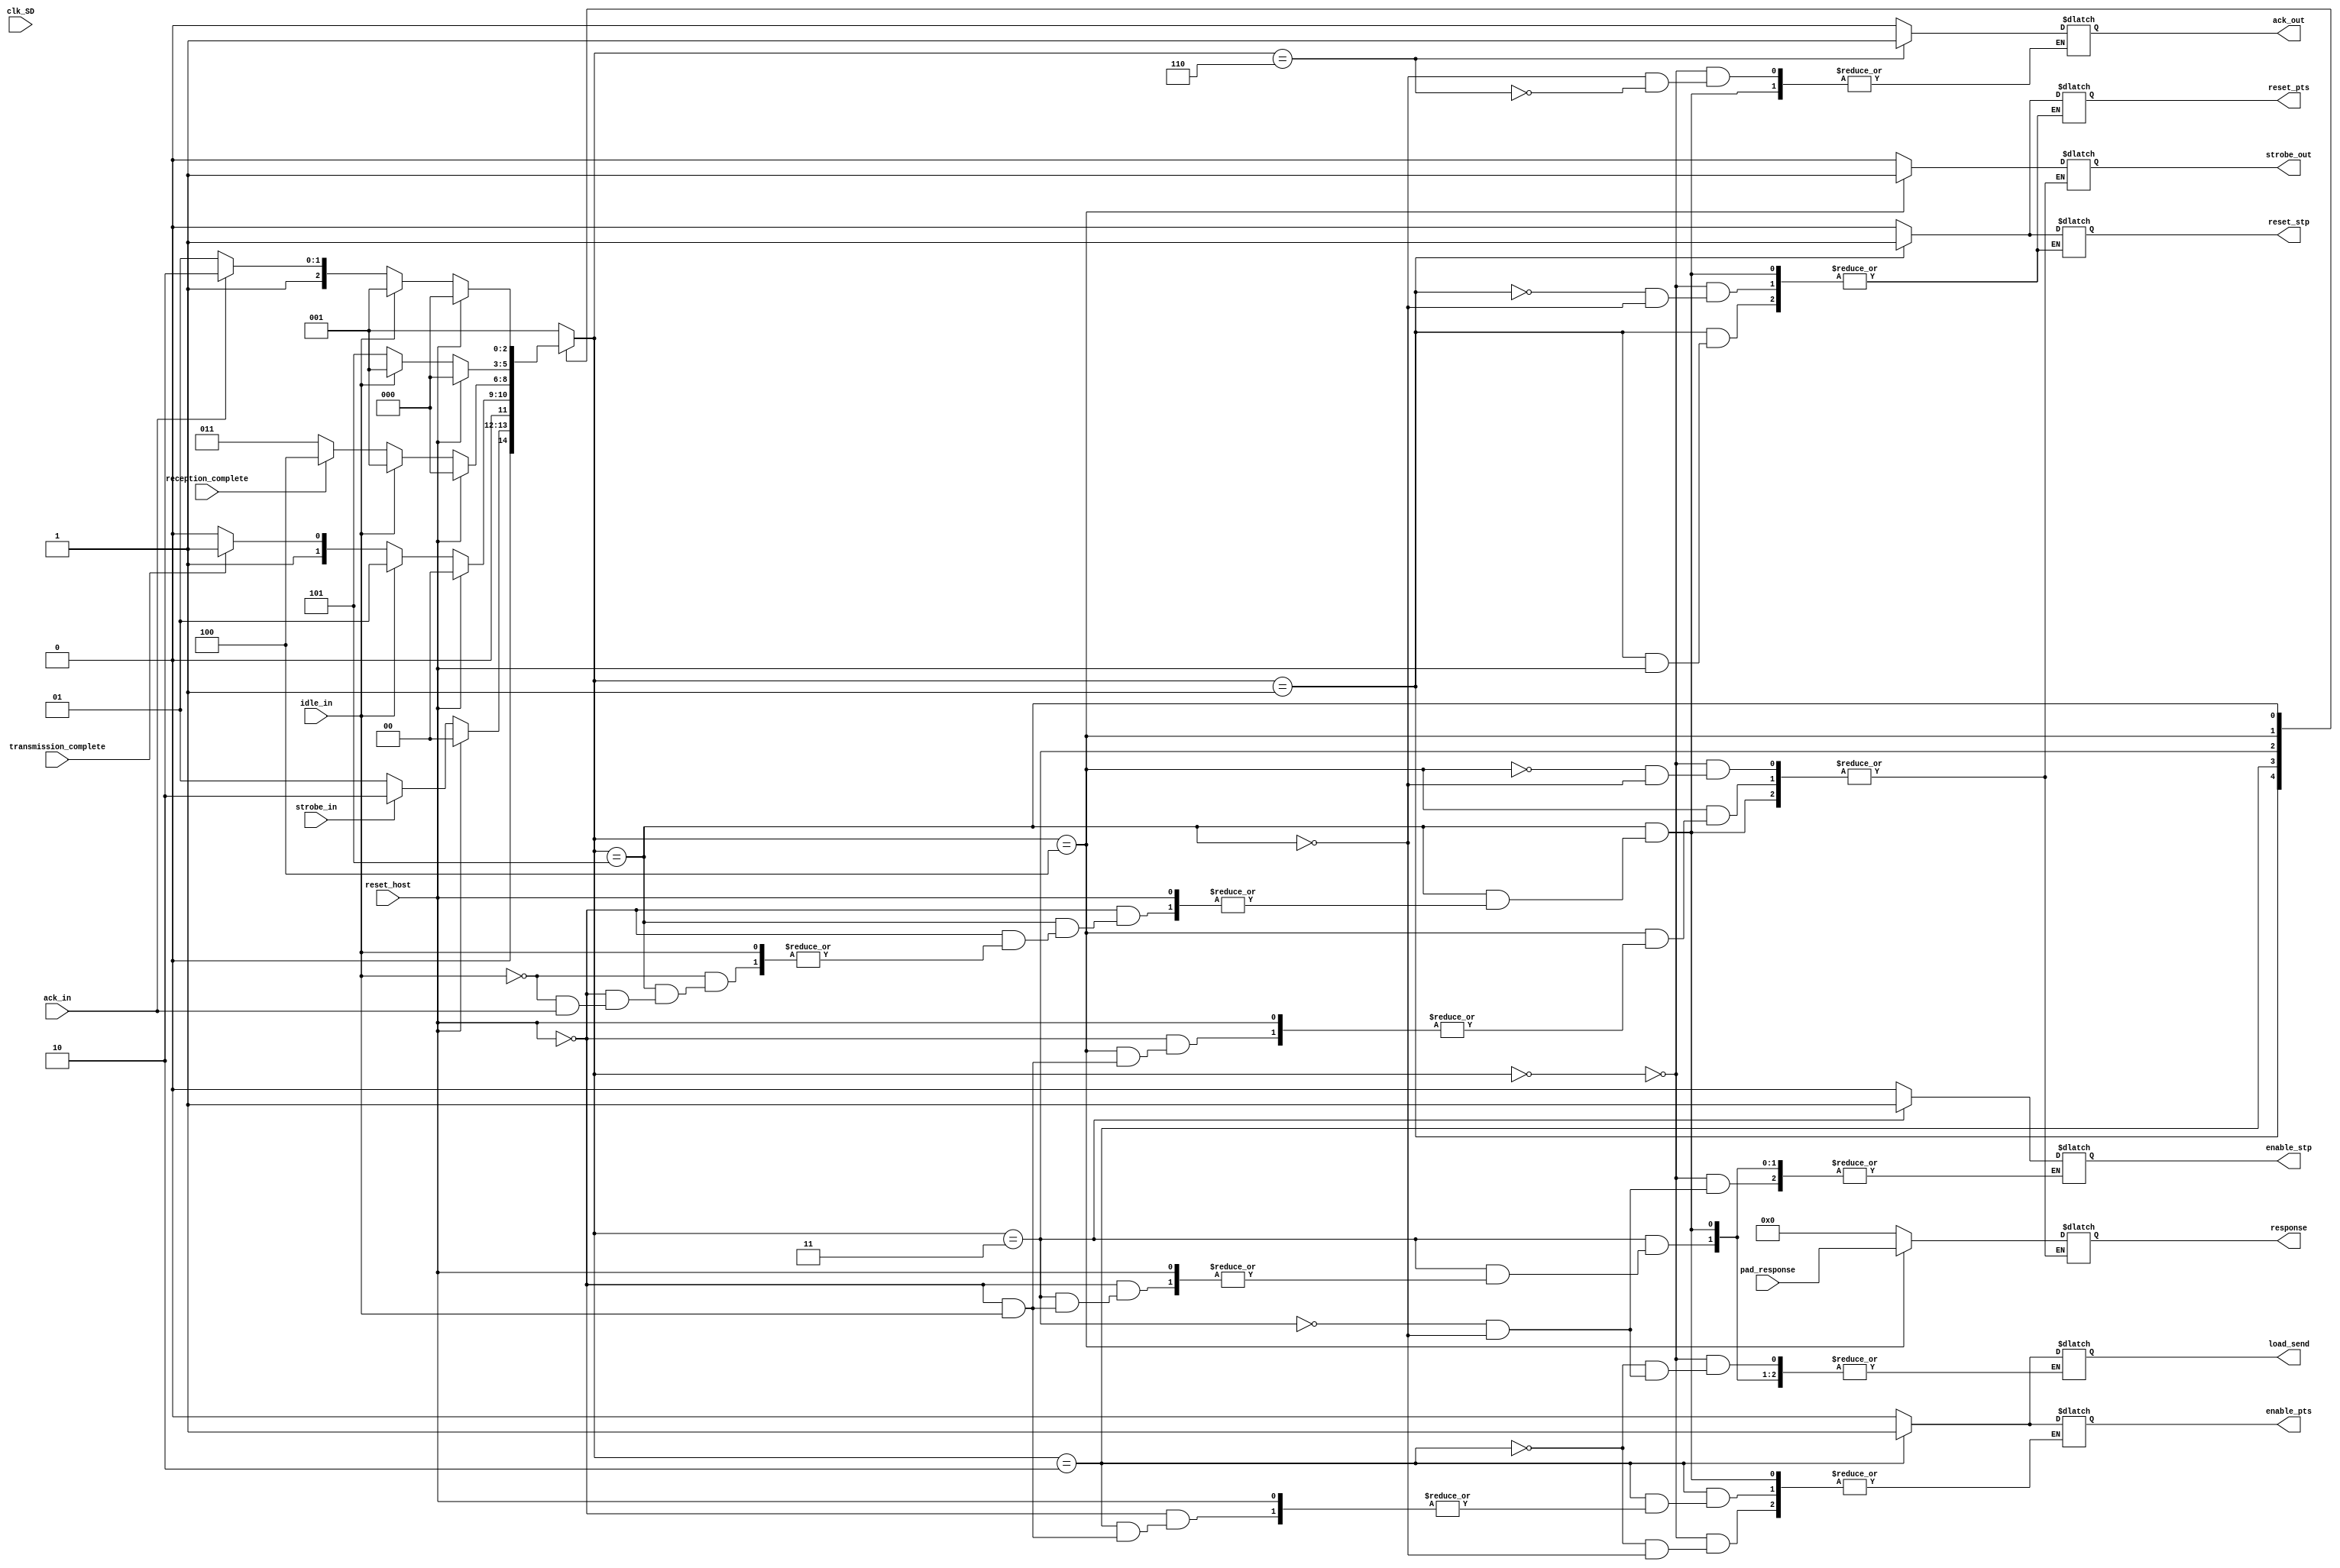
module control_capa_fisica (strobe_in, ack_in, idle_in, pad_response, reception_complete, transmission_complete, ack_out, strobe_out, response, load_send, enable_stp, enable_pts, reset_stp, reset_pts, reset_host, clk_SD);
    input wire strobe_in, ack_in, idle_in, reset_host, clk_SD;
    input wire [135:0]pad_response;
    input wire reception_complete, transmission_complete;
    output reg ack_out, strobe_out;
    output reg [135:0]response;
    output reg load_send, enable_stp, enable_pts, reset_stp, reset_pts;
    parameter RESET = 0;
    parameter IDLE = 1;
    parameter SEND_COMMAND = 2;
    parameter WAIT_RESPONSE = 3;
    parameter SEND_RESPONSE = 4;
    parameter WAIT_ACK = 5;
    parameter SEND_ACK = 6;
    reg [2:0] estado = 0;
    reg [5:0]cuenta_wait_response = 0;
    always @ ( * ) begin
        case (estado)
            RESET: begin
                ack_out = 0;
                strobe_out = 0;
                response = 0;
                load_send = 0;
                enable_stp = 0;
                enable_pts = 0;
                reset_stp = 0;
                reset_pts = 0;
                estado = IDLE;
            end
            IDLE: begin
                if (reset_host == 1) begin
                    estado = RESET;
                end else begin
                    reset_stp = 1;
                    reset_pts = 1;
                    if (strobe_in == 1) begin
                        estado = SEND_COMMAND;
                    end else begin
                        estado = IDLE;
                    end
                end
            end
            SEND_COMMAND: begin
                if (reset_host == 1) begin
                    estado = RESET;
                end else begin
                    if (idle_in == 1) begin
                        estado = IDLE;
                    end else begin
                        enable_pts = 1;
                        load_send = 1;
                        if (transmission_complete == 1) begin
                            estado = WAIT_RESPONSE;
                        end else begin
                            estado = SEND_COMMAND;
                        end
                    end
                end
            end
            WAIT_RESPONSE: begin
                if (reset_host == 1) begin
                    estado = RESET;
                end else begin
                    if (idle_in == 1) begin
                        estado = IDLE;
                    end else begin
                        if (cuenta_wait_response == 63) begin
                            estado = reset_host;
                        end else begin
                            enable_stp = 1;
                            load_send = 0;
                            if (reception_complete == 1) begin
                                estado = SEND_RESPONSE;
                            end else begin
                                estado = WAIT_RESPONSE;
                            end
                        end
                    end
                end
            end
            SEND_RESPONSE: begin
                if (reset_host == 1) begin
                    estado = RESET;
                end else begin
                    if (idle_in == 1) begin
                        estado = IDLE;
                    end else begin
                        response = pad_response;
                        strobe_out = 1;
                        estado = WAIT_ACK;
                    end
                end
            end
            WAIT_ACK: begin
                if (reset_host == 1) begin
                    estado = RESET;
                end else begin
                    if (idle_in == 1) begin
                        estado = IDLE;
                    end else begin
                        if (ack_in == 1) begin
                            estado = SEND_ACK;
                        end else begin
                            ack_out = 0;
                            strobe_out = 0;
                            response = 0;
                            load_send = 0;
                            enable_stp = 0;
                            enable_pts = 0;
                            reset_stp = 0;
                            reset_pts = 0;
                            estado = WAIT_ACK;
                        end
                    end
                end
            end
            SEND_ACK: begin
                ack_out = 1;
                estado = IDLE;
            end
            default: begin
                estado = IDLE;
            end
        endcase
    end
endmodule